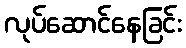
လုပ်ဆောင်နေခြင်း